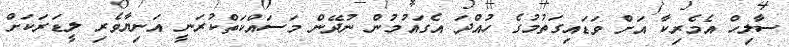
ސާލިހް އެމެރިކާ އަށް ވަޑައިގަތުމުގެ ހުއްދަ އެގައުމުން ނުދޭން މަސައްކަތްކުރަނީ އަނިޔާވެރި ލީޑަރަކަށް